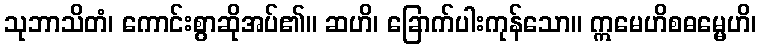
သုဘာသိတံ၊ ကောင်းစွာဆိုအပ်၏။ ဆဟိ၊ ခြောက်ပါးကုန်သော။ ဣမေဟိစဓမ္မေဟိ၊